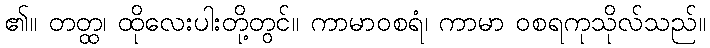
၏။ တတ္ထ၊ ထိုလေးပါးတို့တွင်။ ကာမာဝစရံ၊ ကာမာ ဝစရကုသိုလ်သည်။